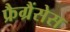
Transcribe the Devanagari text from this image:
फ्रैग्रैंसेस